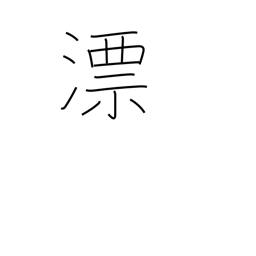
Meaning: float (on liquid)